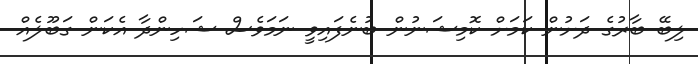
ލިބޭ ބާރުގެ ދަށުން ކަމަށް ކޮމިޝަނުން ބުނެފައިވީ ނަމަވެސް ޝަހިންދާ އެކަން ގަބޫލެއް